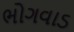
ભોગવાડ